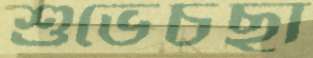
শুভেচছা